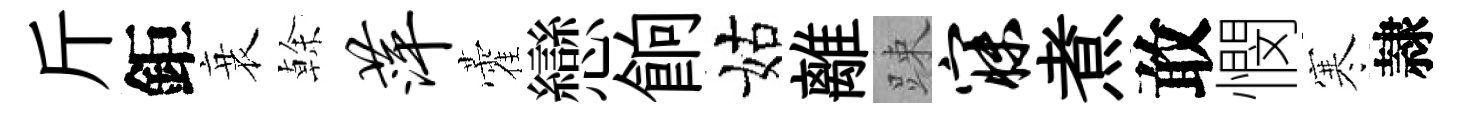
斤鉅衰𠏉萍藿戀餉姑離踈寐煮敢憫寒隷